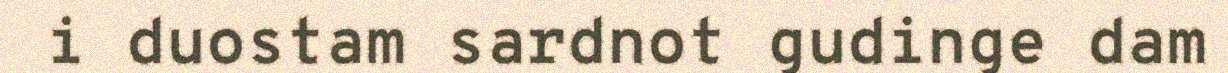
i duostam sardnot gudinge dam